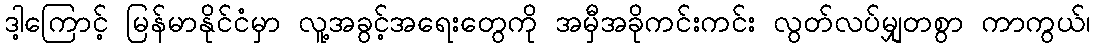
ဒါ့ကြောင့် မြန်မာနိုင်ငံမှာ လူ့အခွင့်အရေးတွေကို အမှီအခိုကင်းကင်း လွတ်လပ်မျှတစွာ ကာကွယ်၊